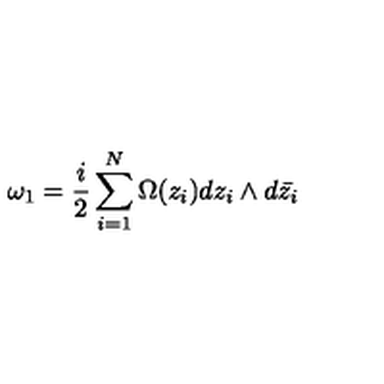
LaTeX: \omega _ { 1 } = \frac { i } { 2 } \sum _ { i = 1 } ^ { N } \Omega ( z _ { i } ) d z _ { i } \wedge d \bar { z _ { i } }